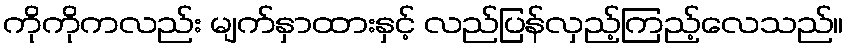
ကိုကိုကလည်း မျက်နှာထားနှင့် လည်ပြန်လှည့်ကြည့်လေသည်။